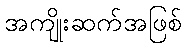
အကျိုးဆက်အဖြစ်